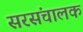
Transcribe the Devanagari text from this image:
सरसंचालक